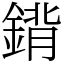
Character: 𨩈